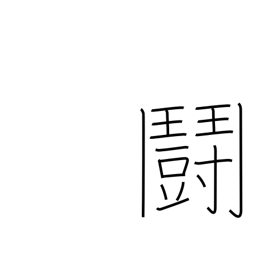
Meaning: fighting